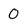
Character: 0